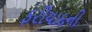
ફરીયાદની